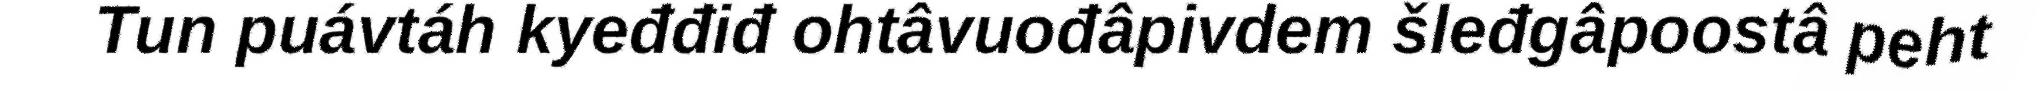
Tun puávtáh kyeđđiđ ohtâvuođâpivdem šleđgâpoostâ peht